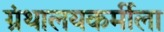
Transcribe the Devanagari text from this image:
ग्रंथालयकर्मीला